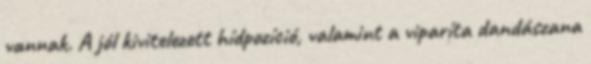
vannak. A jól kivitelezett hídpozíció, valamint a viparíta dandászana